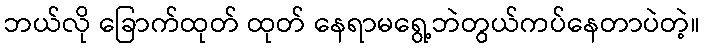
ဘယ်လို ခြောက်ထုတ် ထုတ် နေရာမရွေ့ဘဲတွယ်ကပ်နေတာပဲတဲ့။